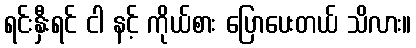
ရင်းနှီးရင် ငါ နင့် ကိုယ်စား ပြောပေးတယ် သိလား။